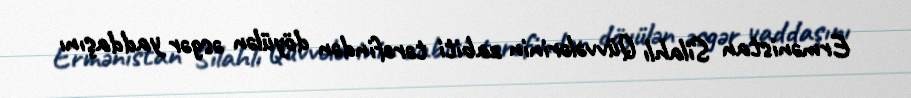
Ermənistan Silahlı Qüvvələrinin zabiti tərəfindən döyülən əsgər yaddaşını